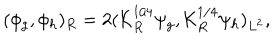
LaTeX: ( \phi _ { g } , \phi _ { h } ) _ { R } = 2 ( { \cal K } _ { R } ^ { 1 / 4 } \psi _ { g } , { \cal K } _ { R } ^ { 1 / 4 } \psi _ { h } ) _ { L ^ { 2 } } ,